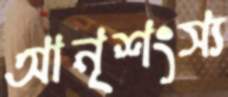
আনৃশংস্য